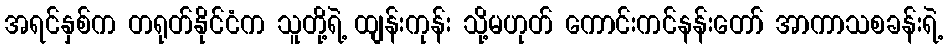
အရင်နှစ်က တရုတ်နိုင်ငံက သူတို့ရဲ့ ထျန်းကုန်း သို့မဟုတ် ကောင်းကင်နန်းတော် အာကာသစခန်းရဲ့